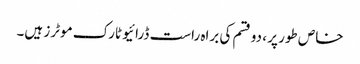
خاص طور پر ، دو قسم کی براہ راست ڈرائیو ٹارک موٹرز ہیں۔